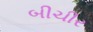
બીચીર